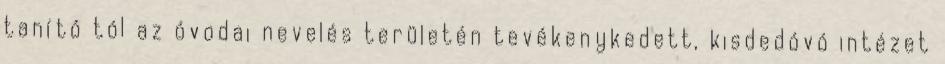
tanító tól az óvodai nevelés területén tevékenykedett, kisdedóvó intézet